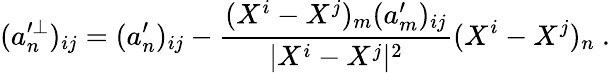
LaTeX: (a_{n}^{\prime\perp})_{ij}=(a_{n}^{\prime})_{ij}-\frac{(X^{i}-X^{j})_{m}(a_{m}^{\prime})_{ij}}{|X^{i}-X^{j}|^{2}}(X^{i}-X^{j})_{n}\ .